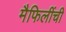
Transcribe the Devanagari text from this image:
मैफिलींची